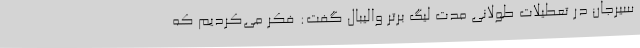
سیرجان در تعطیلات طولانی مدت لیگ برتر والیبال گفت: فکر می‌کردیم که